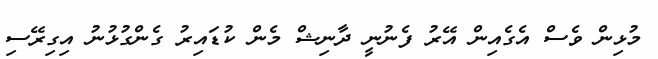
މުޅިން ވެސް އެގެއިން އޭރު ފެނުނީ ދާނިޝް މެން ކުޑައިރު ގެންގުޅުނު އިގިރޭސި